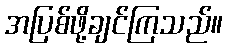
အပြစ်ဖို့ချင်ကြသည်။